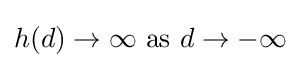
h(d)\to \infty {\text{ as }}d\to -\infty